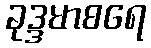
ခုဒ္ဒမာစရေ